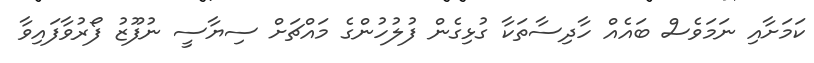
ކަމަށާއި ނަމަވެސް ބައެއް ހާދިސާތަކާ ގުޅިގެން ފުލުހުންގެ މައްޗަށް ސިޔާސީ ނުފޫޒު ފޯރުވާފައިވާ